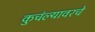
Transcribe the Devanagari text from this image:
कुचंल्यावरचे